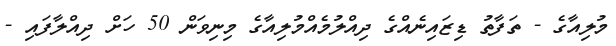
މުލިއާގެ - ތަފާތު ޑިޒައިނެއްގެ ދިއްލުމެއްމުލިއާގެ މިނިވަން 50 ހަށް ދިއްލާފައި -